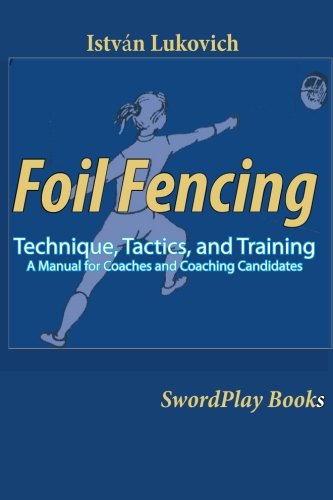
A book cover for Foil Fencing: Technique, Tactics and Training: A Manual for Coaches and Coaching Cadidates; Istvan Lukovich; Sports & Outdoors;